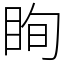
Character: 眴